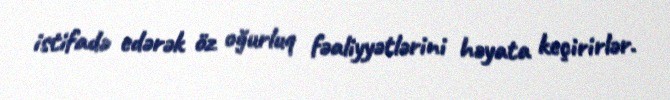
istifadə edərək öz oğurluq fəaliyyətlərini həyata keçirirlər.